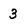
Character: 3